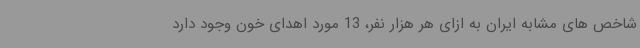
شاخص های مشابه ایران به ازای هر هزار نفر، 13 مورد اهدای خون وجود دارد